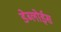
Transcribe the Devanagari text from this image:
डेब्लोईस